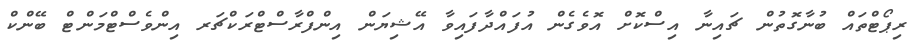
ރިޕޯޓްތައް ބުނާގޮތުން ޗައިނާ އިސްކޮށް އޮވެގެން އުފައްދާފައިވާ އޭޝިޔަން އިންފްރާސްޓްރަކްޗަރ އިންވެސްޓްމަންޓް ބޭންކް